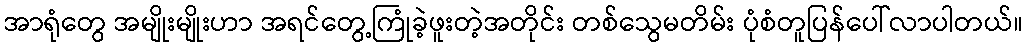
အာရုံတွေ အမျိုးမျိုးဟာ အရင်တွေ့ကြုံခဲ့ဖူးတဲ့အတိုင်း တစ်သွေမတိမ်း ပုံစံတူပြန်ပေါ်လာပါတယ်။